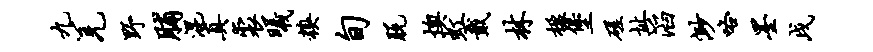
九羌野脯混真裘曦糗旬脱燠虹戴林楹堡磋址滔渺咯墨戌